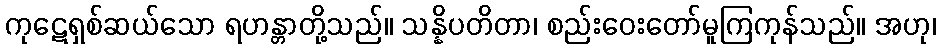
ကုဋေရှစ်ဆယ်သော ရဟန္တာတို့သည်။ သန္နိပတိတာ၊ စည်းဝေးတော်မူကြကုန်သည်။ အဟု၊